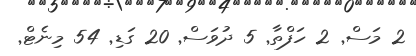
2 މަސް